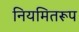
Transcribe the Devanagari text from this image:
नियमितरूप